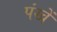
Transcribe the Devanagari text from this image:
पंखें